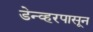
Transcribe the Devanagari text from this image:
डेन्व्हरपासून